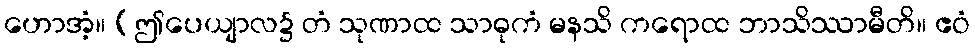
ဟောအံ့။ (ဤပေယျာလ၌ တံ သုဏာထ သာဓုကံ မနသိ ကရောထ ဘာသိဿာမီတိ။ ဧဝံ